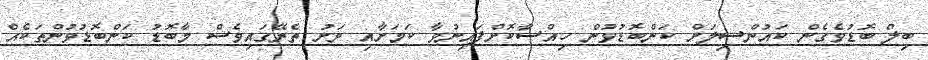
ބިލް ބޮޑުވެގެން ކައުންސިލަށް ކަންބޮޑުވުން ހިއްސާކޮށްފައިނުވާ ކަމަށާއި ރަށު ތެރޭގައިވެސް މާބޮޑު ކަންބޮޑުވުންތަކެއް